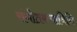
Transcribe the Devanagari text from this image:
संगीतकलानिधि